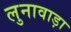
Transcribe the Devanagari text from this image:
लुनावाड़ा